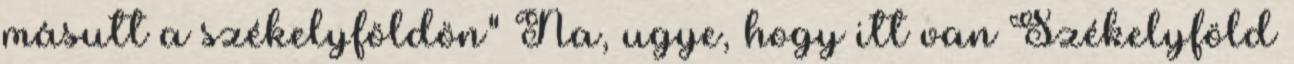
másutt a székelyföldön" Na, ugye, hogy itt van Székelyföld